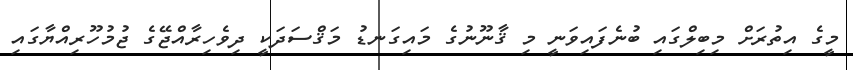
މީގެ އިތުރަށް މިބިލްގައި ބުނެފައިވަނީ މި ޤާނޫނުގެ މައިގަނޑު މަޤްސަދަކީ ދިވެހިރާއްޖޭގެ ޖުމުހޫރިއްޔާގައި